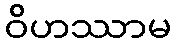
ဝိဟဿာမ